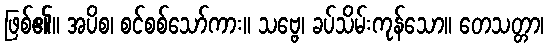
ဖြစ်၏။ အပိစ၊ စင်စစ်သော်ကား။ သဗ္ဗေ၊ ခပ်သိမ်းကုန်သော။ တေသတ္တာ၊